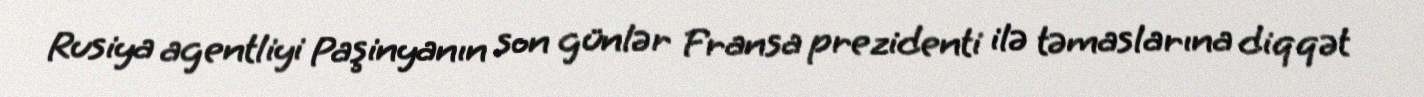
Rusiya agentliyi Paşinyanın son günlər Fransa prezidenti ilə təmaslarına diqqət